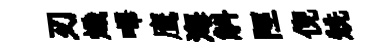
刃熾嗶鹰海斛陘倪兟